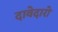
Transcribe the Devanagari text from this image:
दावेदारो